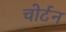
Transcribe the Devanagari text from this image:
चोर्टन